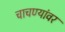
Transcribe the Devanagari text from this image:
चाचण्यांवर